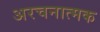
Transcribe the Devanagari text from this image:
अरचनात्मक